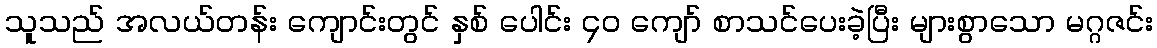
သူသည် အလယ်တန်း ကျောင်းတွင် နှစ် ပေါင်း ၄၀ ကျော် စာသင်ပေးခဲ့ပြီး များစွာသော မဂ္ဂဇင်း